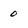
Character: 0